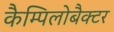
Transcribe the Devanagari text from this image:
कैम्पिलोबैक्टर